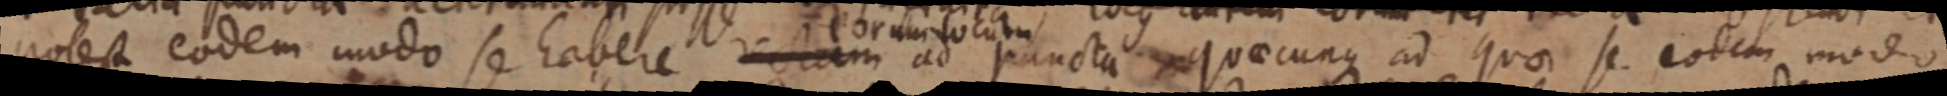
potest eodem modo se habere rectam ad puncta quaecunque ad quae se eodem modo